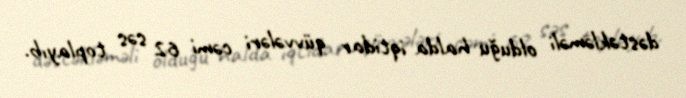
dəstəkləməli olduğu halda iqtidar qüvvələri cəmi 62 səs toplayıb.